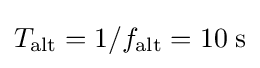
T_{\rm {alt}}=1/f_{\rm {alt}}=10\;\mathrm {s}